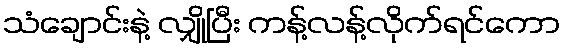
သံချောင်းနဲ့ လျှိုပြီး ကန့်လန့်လိုက်ရင်ကော